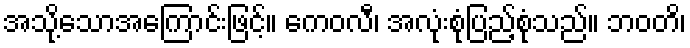
အသို့သောအကြောင်းဖြင့်။ ကေဝလီ၊ အလုံးစုံပြည့်စုံသည်။ ဘဝတိ၊